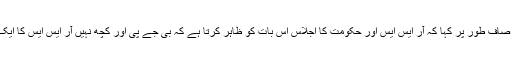
اس میں انہوں نے صاف طور پر کہا کہ آر ایس ایس اور حکومت کا اجلاس اس بات کو ظاہر کرتا ہے کہ بی جے پی اور کچھ نہیں آر ایس ایس کا ایک سیاسی ونگ ہے۔